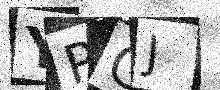
Text: YPGJ